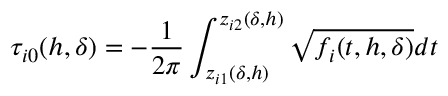
\tau _ { i 0 } ( h , \delta ) = - \frac { 1 } { 2 \pi } \int _ { z _ { i 1 } ( \delta , h ) } ^ { z _ { i 2 } ( \delta , h ) } \sqrt { f _ { i } ( t , h , \delta ) } d t